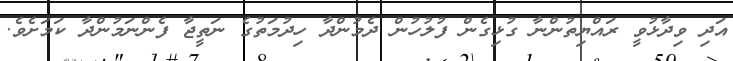
އަދި ވިދާޅުވީ ރައްޔިތުންނާ ގުޅިގެން ފުލުހުން ދެމުންދާ ހިދުމަތުގެ ނަތީޖާ ފެންނަމުންދާ ކަމަށެވެ.